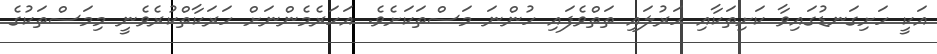
އަކީ ހަށިގަނޑުގައިވާ ކަށިތަކާއި ހަރުލައި ތަތްވެފައި ހުންނަ މަސްތަކަށެވެ. އަހަރެމެންނަށް ހަރަކާތްކުރެވެނީ މިމަސްތަކުގެ